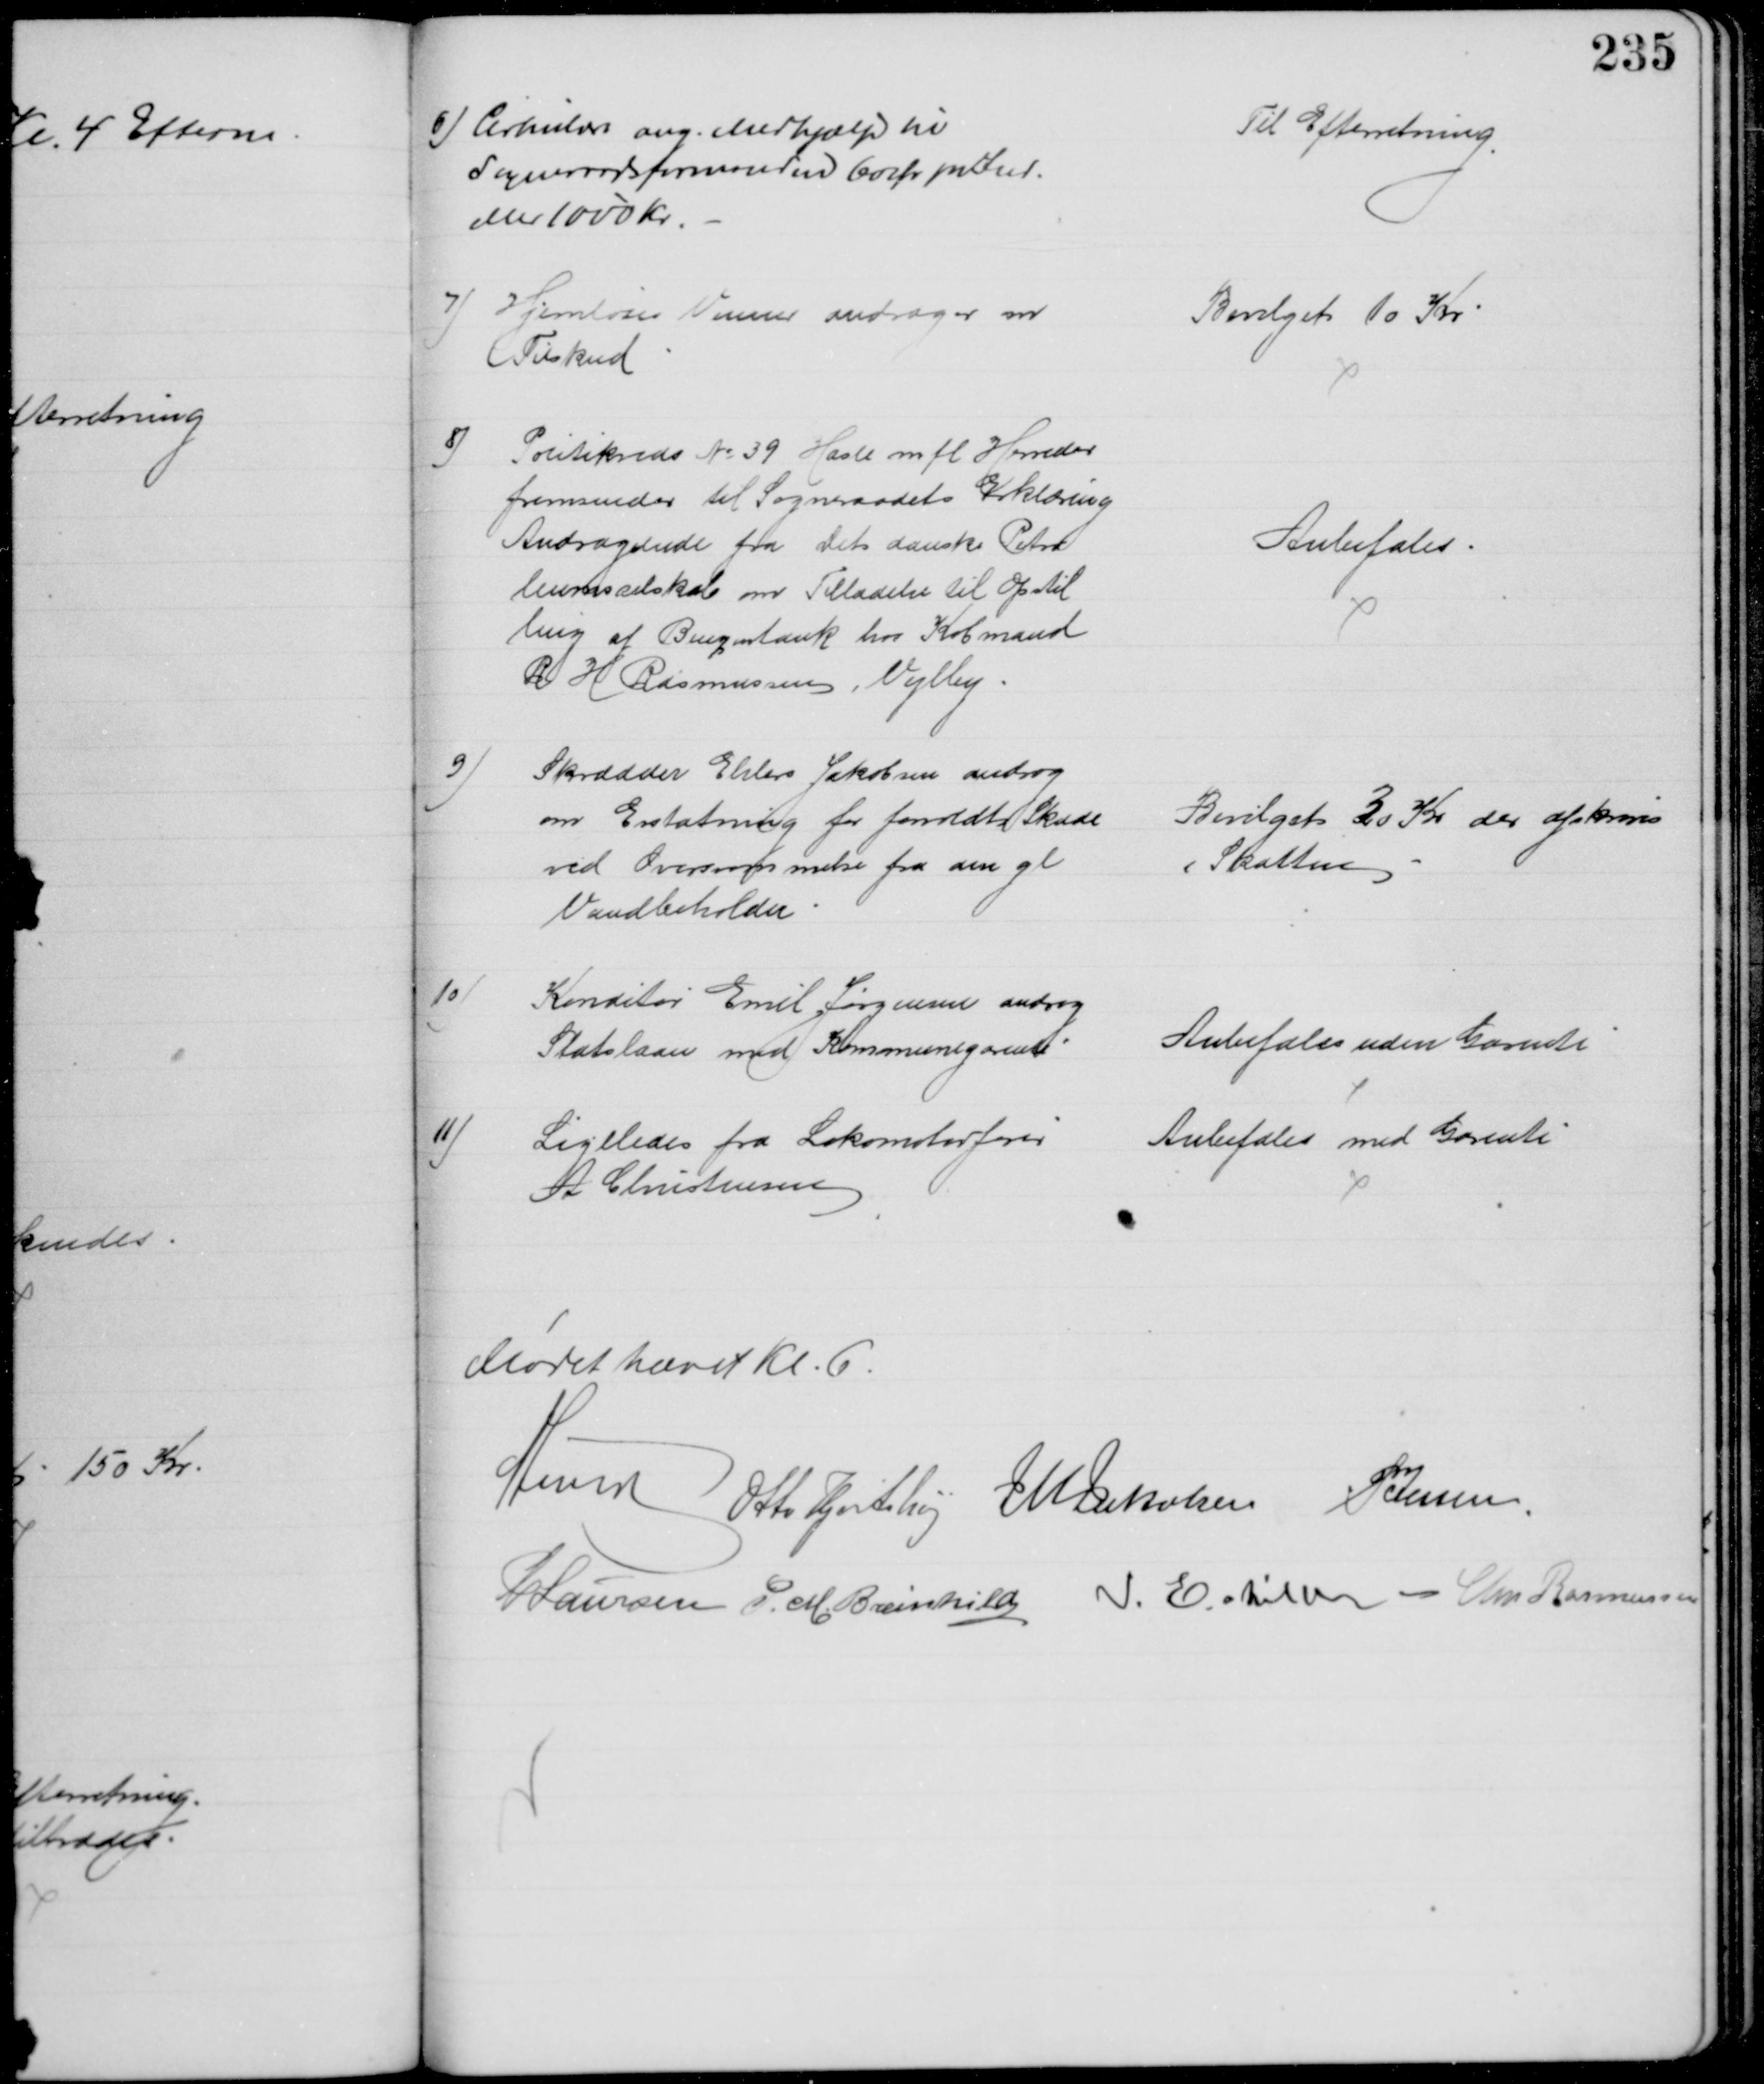
Transskription:
6) Cirkulære ang. Medhjælp til
Sogneraadsformanden 60 Ør pr Ind.
eller 1000 Kr.
Til Efterretning
7) Hjemløses Venner andrager om
Tilskud
Bevilget 10 Kr
8)
Politikreds № 39 Hasle m. fl. Herreder
fremsender til Sogneraadets Erklæring
Andragende fra Det danske Petro
leumsselskab om Tilladelse til Opstil
ling af Benzintank hos Købmand
R H Rasmussen, Vejlby.
Anbefales.
9)
Skrædder Ehlers Jakobsen androg
om Erstatning for forvoldt Skade
ved Oversømmelse fra den gl. 
Vandbeholder
Bevilget 30 Kr der afskrives
i Skatten
10)
Konditor Emil Jørgensen androg
Statslaan med Kommunegarenti
Anbefales uden Garenti
11)
Ligeledes fra Lokomotivfører
A Christensen
Anbefales med Garenti
Mødet hævet Kl. 6.
A Lund Otto Hjortshøj J M Jakobsen P Jessen.
P Laursen P. M. Breinhild I Eskildsen Chr Rasmussen